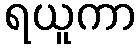
ရယူကာ